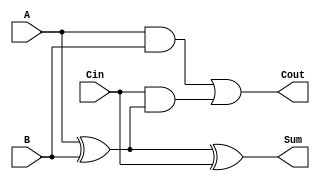
module LowPowerFullAdder (
    input wire A,     // First input bit
    input wire B,     // Second input bit
    input wire Cin,   // Carry-in bit
    output wire Sum,  // Resulting sum bit
    output wire Cout  // Carry-out bit
);

// Internal wires for intermediate signals
wire AxorB;

// Compute Sum using XOR gates
assign AxorB = A ^ B;          // First XOR gate
assign Sum = AxorB ^ Cin;      // Second XOR gate for final sum

// Compute Cout using AND and OR gates
assign Cout = (A & B) | (Cin & AxorB); // Carry out logic

endmodule